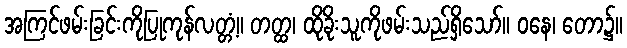
အကြင်ဖမ်းခြင်းကိုပြုကုန်လတ္တံ့။ တတ္ထ၊ ထိုခိုးသူကိုဖမ်းသည်ရှိသော်။ ဝနေ၊ တော၌။